Indian journal of veterinary science and animal husbandry - Volume 4,
Year: 1934
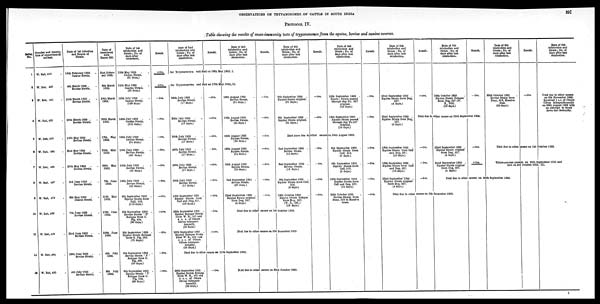
OBSERVATIONS ON TRYPANOSOMES OF CATTLE IN SOUTH INDIA
397
PROTOCOL IV.
Table showing the results of cross-immunity tests of trypanosomes from the equine, bovine and canine sources.
Serial
No.
1
2
3
4
5
6
7
8
9
10
11
12
13
Number and descrip¬
tion of experimental
animal.
W. Rat, 425.
W. Rat, 437.
W. Rat, 441 .
W. Rat, 453 .
W. Rat , 480 .
W. Rat , 484 .
W. Rat, 485 .
W. Rat, 487 .
W. Rat, 479
.
W. Rat, 488 .
W. Rat, 493 .
W. Rat, 494 .
W. Rat, 495
.
Date of 1st Infection
and Source of
Strain.
16th February 1933
Canine Strain.
4th March 1933 .
Bovine Strain.
11th March 1933 .
Bovine Strain.
25th March 1933 .
Bovine Strain.
12th May 1933
.
Bovine Strain.
21st May 1933
Bovine Strain.
25th May 1933
.
Bovine Strain.
3rd June 1933 .
Bovine Strain.
8th May 1933
.
Canine Strain.
7th June 1933 .
Bovine Strain.
23rd June 1933 .
Bovine Strain.
28th June 1933 .
Bovine Strain.
4th July 1933 .
Bovine Strain.
Date of
treatment
with
Bayes 205.
21st Febru-
ary 1933.
9th March
1933.
23th March
1933.
28th March
1933.
17th May
1933.
25th May
1933.
29th May
1933.
7th June
1933.
11th May
1933.
10th June
1933.
28th June
1933.
4th July
1933.
9th July
1933.
Date of 1st
reinfection and
Strain; No. of
days after
treatment.
12th May 1933 .
Canine Strain.
(81 days.)
12th May 1933
.
Canine Strain.
(65 days.)
10th July 1933 .
Canine Strain.
(108 days.'
10th July 1933 .
Canine Strain.
(102 days.)
10th July 1933 .
Canine Strain.
(54 days.)
10th July 1933 .
Bovine Strain.
(46 days.)
10th July 1933 .
Bovine Strain.
(42 days.)
10th July 1933 .
Bovine Strain.
(33 days.)
8th September 1933 .
Equine Strain from
Calf, 516.
(118 days.)
9th September 1933 .
Bovine Strain ' N'
Relapse from G.
Pig, 498.
(90 days.)
9th September 1933 .
Equine Strain Relapse
from G. Pig, 508.
(72 days.)
9th September 1933 .
Bovine Strain . ' N '
Relapse from G.
Pig, 498.
(65 days.)
9th September 1933 .
Equine Strain 'I'
Relapse from G.
Pig, 508.
(60 days.)
Result.
+ive.
+ive.
—ive.
—ive.
—ive.
—ive.
—ive.
—ive.
—ive.
—ive.
—ive.
—ive.
—ive.
Date of 2nd
reinfection and
Strain; No. of
days after last
reinfection.
Result.
Date of 3rd
reinfection and
Strain; No. of
days after last
reinfection.
for Trypanosomes and died on 16th May 1933,I.
for Trypanosomes and died on 17th May 1933,II.
26th July 1933 . .
Bovine Strain.
(17 days.)
26th July 1933 .
Bovine Strain.
(17 days.)
26th July 1933 .
Bovine Strain.
(17 days.)
26th July 1933 .
Bovine Strain.
(17 days.)
26th July 1933 .
Bovine Strain.
(17 days.)
26th July 1933 .
Bovine Strain.
(17 days.)
18th September 1933 .
Equine Strain from
Calf and Dog, 527.
(10 days.)
29th September 1933 .
Equine Relapse Strain
from W. R., 551 and
4 c. c. of Oleum
Olivae Intraperi-
toneally.
(20 days.)
29th September 1933 .
Equine Relapse Strain
from W. R., 551 and
4 c. c. of Oleum
Olivae intraperi-
toneally.
(20 days.)
—ive.
—ive.
—ive.
—ive.
—ive.
—ive.
—ive.
—ive.
—ive.
18th August 1933
Bovine Strain.
(21 days.)
18th August 1933
Bovine Strain.
(24 days.)
18th August 1933
Equine Strain.
(24 days.)
18th August 1933
Equine Strain.
(21 days.)
18th August 1933
Equine Strain.
(24 days.)
2nd September 1933 .
Bovine Strain.
(37 days.)
22nd September 1933 .
Equine Strain original
from Dog, 527.
(4 days.)
Result.
—ive.
—ive.
—ive
—ivi.
—ive.
—ive.
—ive.
Date of 4th
reinfection and
Strain; No. of
days after last
reinfection.
8th September 1933 .
Equine Strain original.
(21 days.)
8th September 1933 .
Equine Strain original.
(21 days.)
Result.
—ive.
—ive.
Date of 5th
reinfection and
Strain; No. of
days after last
reinfection.
18th September 1933 .
Equine Strain passed
through dog No. 527
original.
(10 days.)
18th September 1933 .
Equine Strain passed
through dog No.527
original.
(10 days.)
Died since due to other causes on 29th August 1933.
2nd September 1933 .
Bovine Strain.
(15 days.)
2nd September 1933 .
Bovine Strain.
(15 days.)
8th September 1933 .
Equine Strain from Calf,
516.
(6 days.)
10th October 1933
Equine Strain Relapse
from Dog, 627.
(W. R., 562.)
(18 days.)
Died due to other causes on 1st October 1933.
Died due to other causes on 5th December 1933.
Died due to other causes on 11th September 1933.
29th September 1933 .
Equine Strain Relapse
from W. R., 551 and
5 c. c. of Oleum
Olivae intraperi¬
toneally.
(20 days.)
—ive.
Died due to other causes on 23rd October 1933.
—ive.
— ive.
—ive.
—ive.
8th September 1933 .
Equine Strain from
Calf, 516.
(6 days.)
8th September 1933 .
Equine Strain from
Calf, 516.
(6 days.)
18th September 1033 .
Equine Strain from
Calf and Dog, 527.
(10 days.)
30th October 1933
Bovine Strain from
Pony, 519 in Massive
doses.
Result.
—ive.
-ive.
—ive.
—ive.
—ive.
—ive.
Date of 6th
reinfection and
Strain; No. of
days after last
reinfection.
22nd September 1933 .
Equine Strain from Dog,
527.
(4 days.)
22nd September 1933 .
Equine Strain from Dog,
627.
(4 days.)
18th September 1933 .
Equine Strain from Calf
and Dog, 527.
(10 days.)
18th September 1933 .
Equine Strain from Calf
and Dog, 527.
(10 days.)
22nd September 1933 .
Equine Strain original
from Dog, 527.
(4 days.)
Result.
—ive.
Date of 7th
reinfection and
Strain; No. of
days after last
reinfection.
10th October 1933
Equine Strain Relapse
from Dog, 527 (W.
R., 562).
(19 days.)
Result.
—ive.
Died due to other causes on 23rd September 1934.
—ive.
—ive.
—ive.
22nd September 1933 .
Equine Strain original
from Dog, 527.
(4 days.)
22nd September 1933 .
Equine Strain original
from Dog, 527.
(4 days.)
—ive.
+ive.
Date of 8th
reinfection and
Strain; No. of
days after last
reinfection.
30th October 1933
Bovine Strain from
Pony, 519, Massive
dose.
(20 days.)
Result.
—ive.
Date of 9th
reinfection and
Strain: No. of
days after last
reinfection.
Died due to other causes
on 6th November 1933.
Received 1 c.c. of Oleum
Olivae lntraporitoneally
on 26th August 1933 with
an attempt to break
down the immunity.
Died due to other causes on 1st October 1933.
Trypanosomes present on 30 th September 1933 and
died on 3rd October 1933, III.
Died due to other causes on 30th September 1933.
Died due to other causes on 5th December 1933.
I